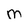
Character: M